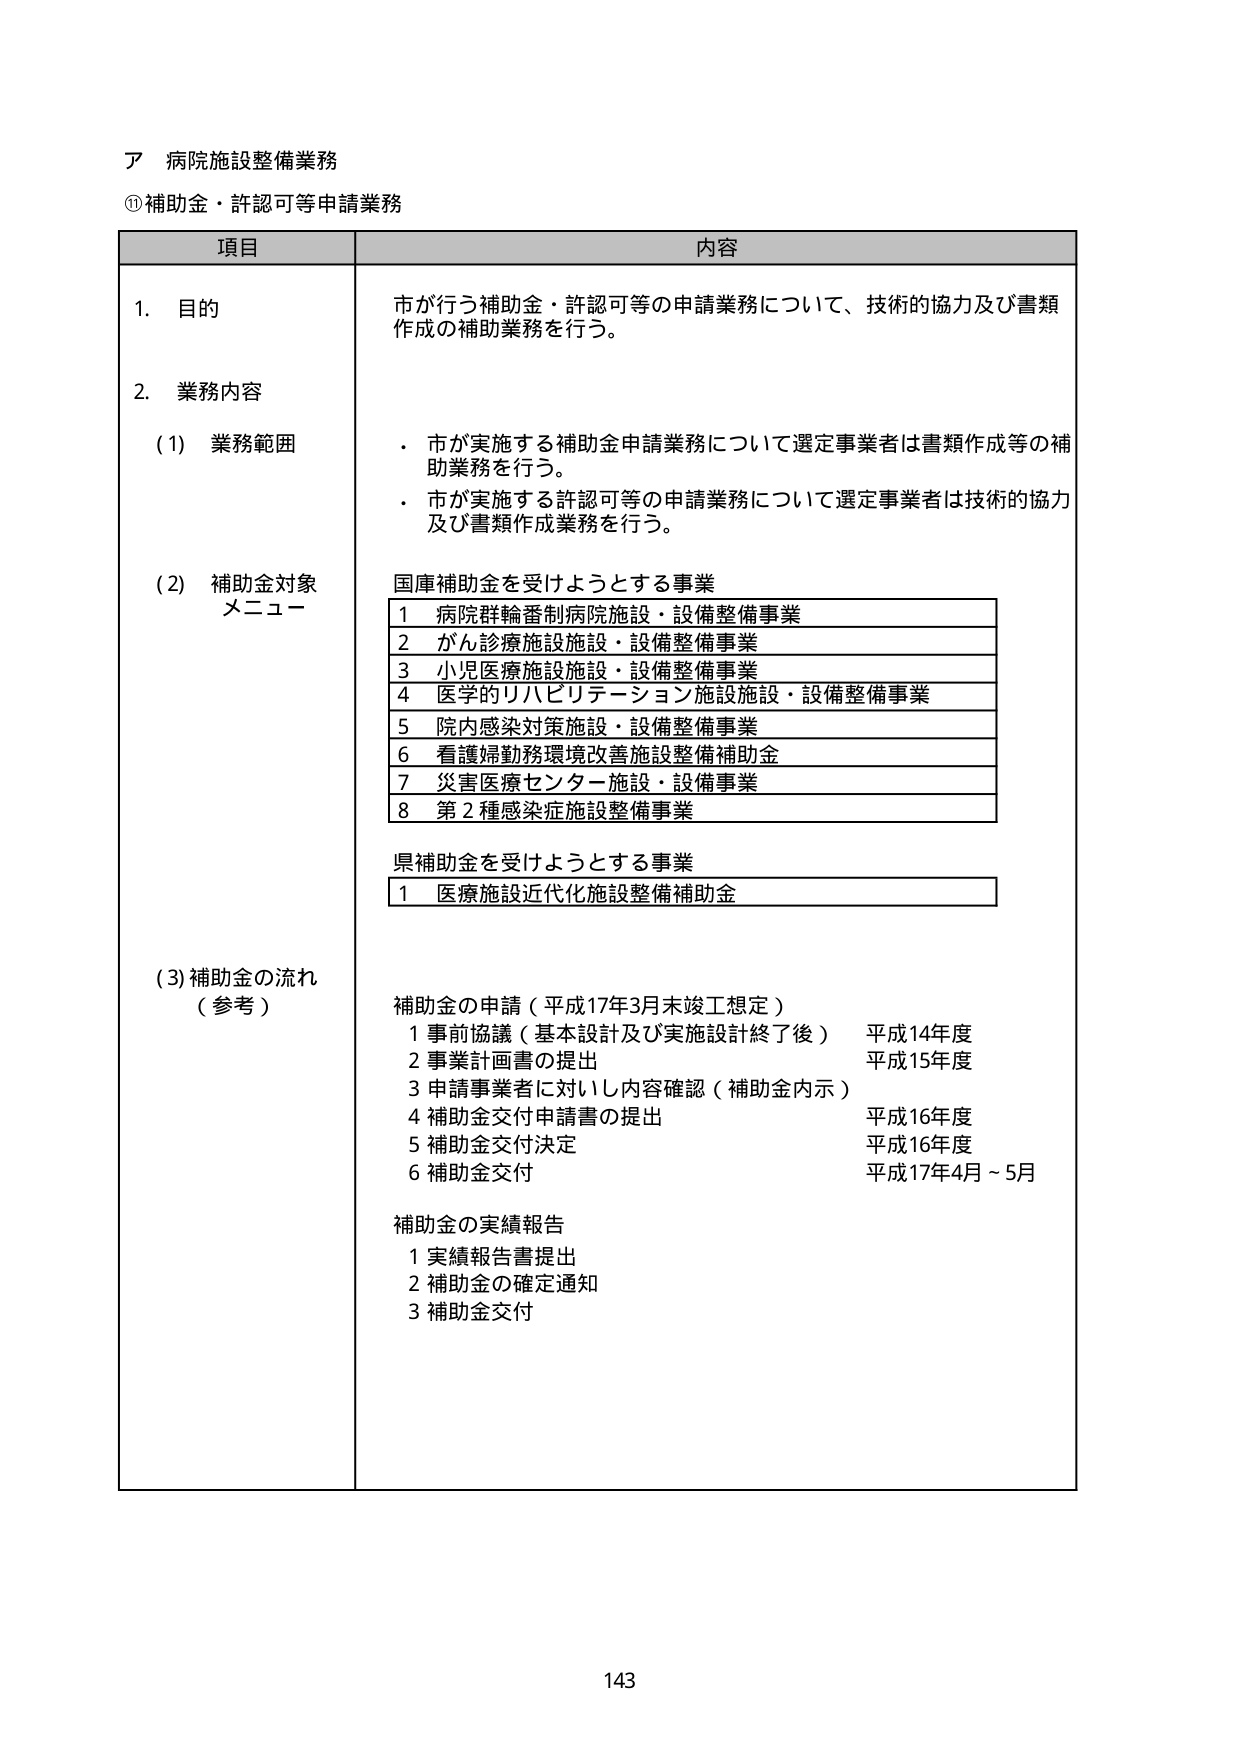
ア 病院施設整備業務
⑪ 補助金・許認可等申請業務

項目 内容

1. 目的
市が行う補助金・許認可等の申請業務について、技術的協力及び書類作成の補助業務を行う。

2. 業務内容
(1) 業務範囲
・ 市が実施する補助金申請業務について選定事業者は書類作成等の補助業務を行う。
・ 市が実施する許認可等の申請業務について選定事業者は技術的協力及び書類作成業務を行う。

(2) 補助金対象メニュー
国庫補助金を受けようとする事業
1 病院群輪番制病院施設・設備整備事業
2 がん診療施設施設・設備整備事業
3 小児医療施設施設・設備整備事業
4 医学的リハビリテーション施設施設・設備整備事業
5 院内感染対策施設・設備整備事業
6 看護婦勤務環境改善施設整備補助金
7 災害医療センター施設・設備事業
8 第2種感染症施設整備事業

県補助金を受けようとする事業
1 医療施設近代化施設整備補助金

(3) 補助金の流れ（参考）
補助金の申請（平成17年3月末竣工想定）
1 事前協議（基本設計及び実施設計終了後） 平成14年度
2 事業計画書の提出 平成15年度
3 申請事業者に対し内容確認（補助金内示）
4 補助金交付申請書の提出 平成16年度
5 補助金交付決定 平成16年度
6 補助金交付 平成17年4月～5月

補助金の実績報告
1 実績報告書提出
2 補助金の確定通知
3 補助金交付

143